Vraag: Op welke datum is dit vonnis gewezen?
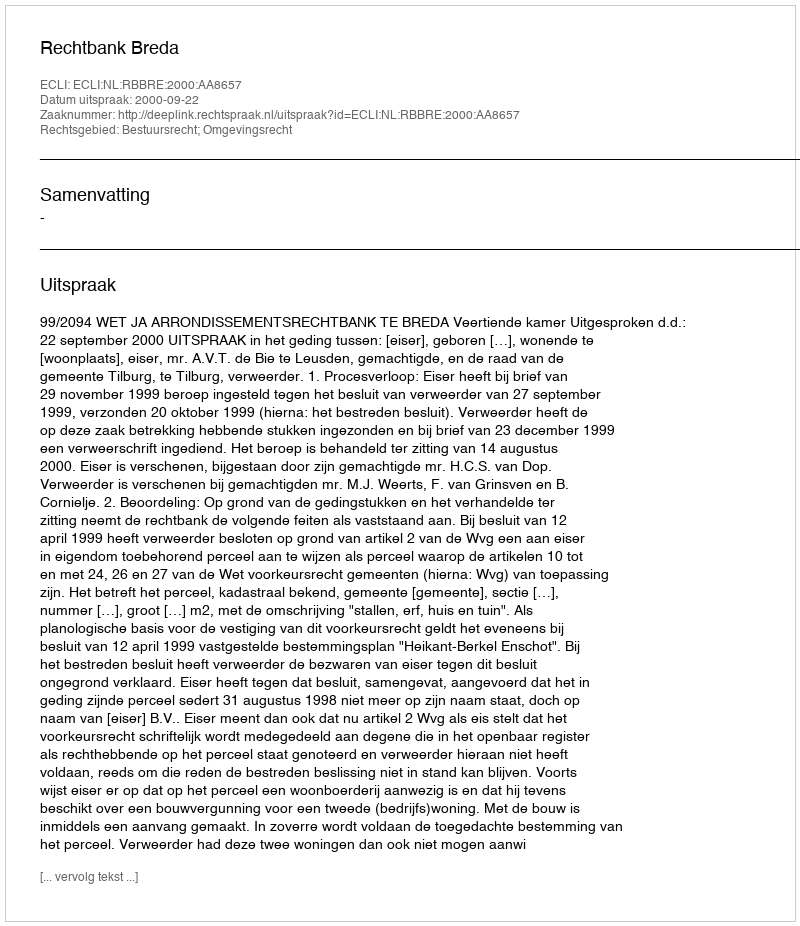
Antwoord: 2000-09-22